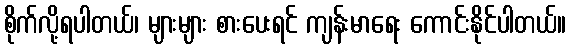
စိုက်လို့ရပါတယ်၊ များများ စားပေးရင် ကျန်းမာရေး ကောင်းနိုင်ပါတယ်။